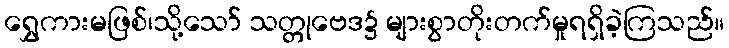
ရွှေကားမဖြစ်၊သို့သော် သတ္တုဗေဒ၌ များစွာတိုးတက်မှုရရှိခဲ့ကြသည်။